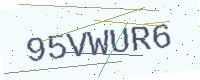
Text: 95VWUR6